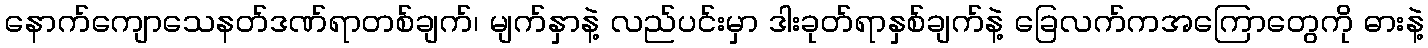
နောက်ကျောသေနတ်ဒဏ်ရာတစ်ချက်၊ မျက်နှာနဲ့ လည်ပင်းမှာ ဒါးခုတ်ရာနှစ်ချက်နဲ့ ခြေလက်ကအကြောတွေကို ဓားနဲ့